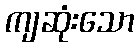
ကျဆုံးသော